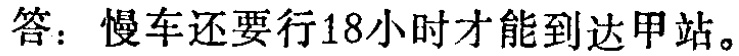
答：慢车还要行18小时才能到达甲站。